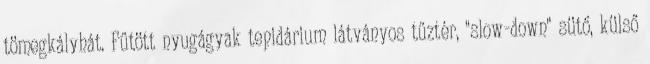
tömegkályhát. Fűtött nyugágyak tepidárium látványos tűztér, "slow-down" sütő, külső